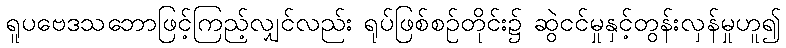
ရူပဗေဒသဘောဖြင့်ကြည့်လျှင်လည်း ရုပ်ဖြစ်စဉ်တိုင်း၌ ဆွဲငင်မှုနှင့်တွန်းလှန်မှုဟူ၍